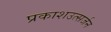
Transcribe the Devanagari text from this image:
प्रकाशउत्सर्जन